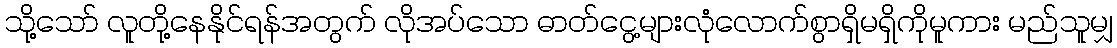
သို့သော် လူတို့နေနိုင်ရန်အတွက် လိုအပ်သော ဓာတ်ငွေ့များလုံလောက်စွာရှိမရှိကိုမူကား မည်သူမျှ